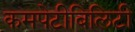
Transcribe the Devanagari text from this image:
कमपेटीबिलिटी